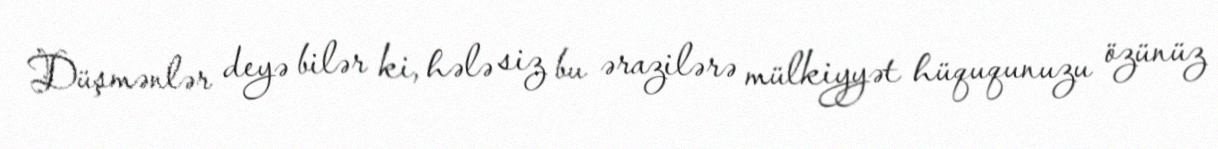
Düşmənlər deyə bilər ki, hələ siz bu ərazilərə mülkiyyət hüququnuzu özünüz